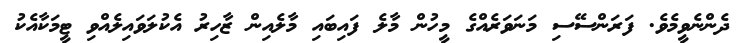
ދެންނެވީމެވެ. ފަރަންސޭސި މަނަވަރެއްގެ މީހުން މާލެ ފައިބައި މާލެއިން ޒާހިރު އެކުލަވައިލެއްވި ޓީމަކާއެކު